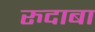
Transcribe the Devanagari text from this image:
रुदाबा